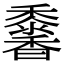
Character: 𩡠